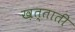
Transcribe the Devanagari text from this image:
ख़त्ताती